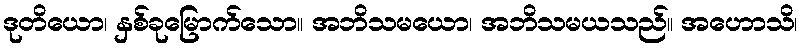
ဒုတိယော၊ နှစ်ခုမြောက်သော။ အဘိသမယော၊ အဘိသမယသည်။ အဟောသိ၊